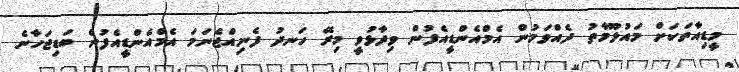
މީޑިއާތަކަށް މައުލޫމާތު ދެއްވަމުން އެމްއެންޑީއެފުން ވިދާޅުވީ މިރޭ ހަނދު ފެނިއްޖެނަމަ އެމްއެންޑީއެފުން ބަޑިޖަހާނެ